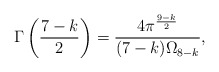
\begin{align*}\Gamma\left(\frac{7-k}{2}\right) = \frac{ 4 \pi^{\frac{9-k}{2}} }{ (7-k) \Omega_{8-k} },\end{align*}